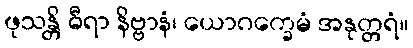
ဖုသန္တိ ဓီရာ နိဗ္ဗာနံ၊ ယောဂက္ခေမံ အနုတ္တရံ။